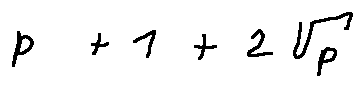
p + 1 + 2 \sqrt { p }